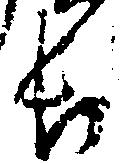
長